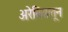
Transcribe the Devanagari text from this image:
अरेबियातून